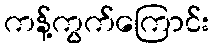
ကန့်ကွက်ကြောင်း